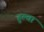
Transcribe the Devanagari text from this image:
हुल्वा